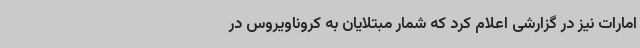
امارات نیز در گزارشی اعلام کرد که شمار مبتلایان به کروناویروس در